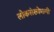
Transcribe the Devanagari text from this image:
लोकसंख्येमागी